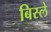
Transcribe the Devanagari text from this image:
बिस्ले